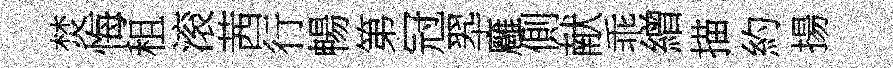
焚悔租滚茜行暢第冠翆廱側献乖繒描約揚